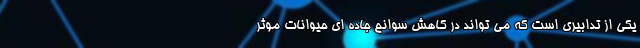
یکی از تدابیری است که می تواند در کاهش سوانح جاده ای حیوانات موثر